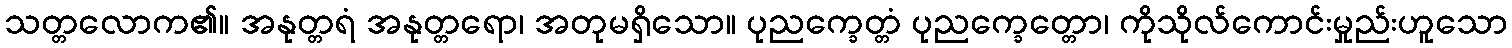
သတ္တလောက၏။ အနုတ္တရံ အနုတ္တရော၊ အတုမရှိသော။ ပုညက္ခေတ္တံ ပုညက္ခေတ္တော၊ ကိုသိုလ်ကောင်းမှုည်းဟူသော